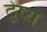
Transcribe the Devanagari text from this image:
द्वेष्य